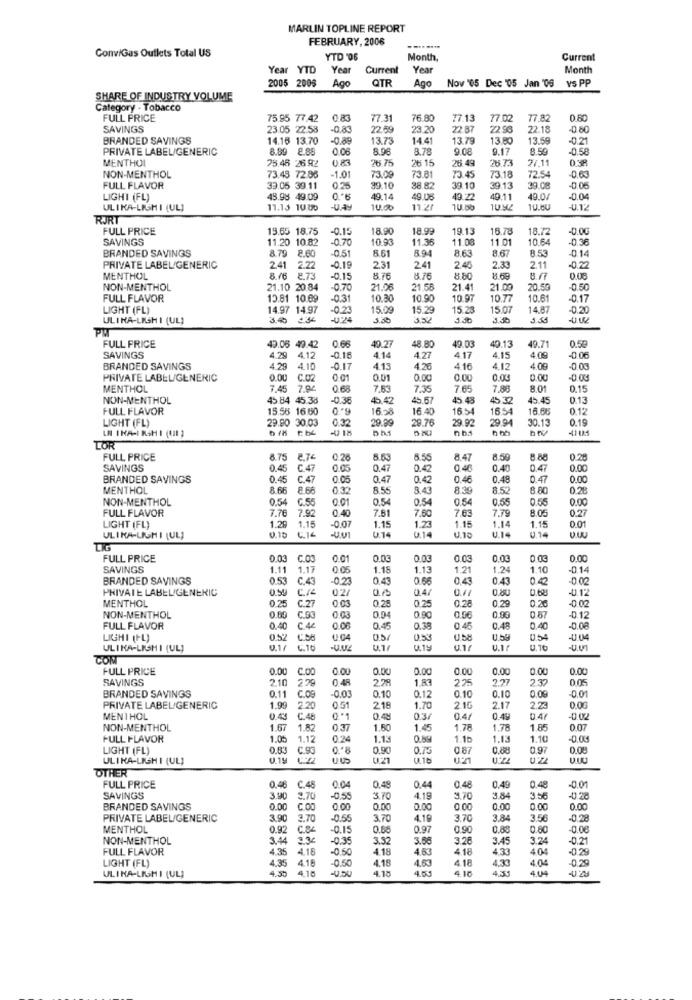
MARLIN TOPLINE REPORT
FEBRUARY, 2006
ConviGas Outlets Total US
YTD '06
Month,
Current
Year YTD
Year
Current
Year
Month
2005 2005
Ago
QTR
Ago
Now '05 Dec '05 Jan '05 VS PP
SHARE OF INDUSTRY VOLUME
Category - Tobacco
FULL PRICE
75.95 77.42
0.83
77.31
76.80
77.13
77.02
77.82
0.60
SAVINGS
23.05 22:58
0.83
22.59
23.20
22 8
22.96
22.18
-0.80
BRANDED SAVINGS
14.16 13.70
-0,85
13.73
14.4
13.79
13.80
13.5
-0.21
PRIVATE LABEL/GENERIC
8.89 8.88
0.06
8.96
8.78
9.08
9.17
8.59
-0,58
MENTHOL
75.46 26 92
26.75
26 15
26.49
28.73
7/11
038
NON-MENTHOL
73.48 72.86
-1.0
73.09
73.81
73.45
73.18
72.54
0.6
FULL FLAVOR
33.05 39.11
0 .25
99.10
38. 82
39.10
39.13
39.08
-0.06
LIGHT (FL)
49.98 49.09
49.14
49.08
19 22
49.11
49.0/
-0.04
ULIKA-LIGMI (UL]
11.13 10:00
-u.ay
10.00
11.2
10.00
10.60
-U.12
RJRT
FULL PRICE
15.65 18.75
0.15
18.90
18.99
19.13
16.78
18.72
-0.00
SAVINGS
11.20 10.82
0.70
10.93
11.36
11.08
11.01
10.64
-0 36
BRANDED SAVINGS
8.79 2.60
-0.51
8.61
8.94
8.63
8.67
8.53
-0.14
PRIVATE LABEL/GENERIC
2.41
2.22
0.19
2.31
241
2.45
2.33
2.11
-0.22
MENTHOL
8.16 8.73
-0.15
8.76
8.76
8.80
8.69
NON-MENTHOL
21.10 20.84
-0.70
21.06
21.58
21.41
21.00
20.59
-0.50
FULL FLAVOR
13.81 10.69
-0.31
10.30
10.90
10.91
10.77
10.61
-0.17
LIGHT (FL)
14.97 14.97
-0.23
15.09
15.29
15.23
15.07
14.87
-0.20
ULINA-LISHI (UL)
3.0
330
3.52
3.30
FULL PRICE
0.68
40.13
49.06 49.42
40.27
48.80
40.03
49.71
0.59
SAVINGS
4.29
4.12
-0.16
4.14
4.27
4.17
4.15
4.09
-0.0€
BRANDED SAVINGS
4.29 4.10
-0.17
4.13
4.20
4.16
4.12
4.09
-0.00
PRIVATE LABEL/GENERIC
0.00
C.02
0.01
0.01
0.00
0.00
0.00
0.00
-0.03
MENTHOL
7.45 7.94
0.68
7,53
7.35
7.65
7.88
8.01
0.15
NON-MENTHOL
45.84 45.38
-0.36
45.42
5.67
45.48
45 32
45.45
0.13
FULL FLAVOR
15.58 16.60
16.58
16.40
16.5
1654
16.08
0.12
LIGHT (FL)
29.90 30.03
0.32
29.99
29.9.
29.94
30.13
0.19
-0 18
29.76
LN INA-I RSH I (III )
TOR
FULL PRICE
8.75 2.74
0.26
8.63
8.55
8 47
8.50
8.88
0.25
SAVINGS
0.45
C.47
0.47
0.42
0.48
0.40
0.47
0.00
BRANDED SAVINGS
0.45
C.47
0.05
0.47
0.42
0.46
0.48
0.47
0.00
MENTHOL
8.66
8.66
032
8.55
8.43
8.39
8.52
8.80
0.28
NON-MENTHOL
0.54
C.55
0.01
0.54
0.54
0.54
0.55
0.55
0.00
FULL FLAVOR
7.76 7.92
7.61
7.60
7.63
7.79
8.05
0.27
0.40
LIGHT (FL)
1.29
1.15
-0.07
1.15
1.23
1.15
1.14
1.14
1.15
0.01
ULIKA-LIGHI (UL,
0.10
6.16
0.14
014
U.18
014
FULL PRICE
0.03
C.03
0.01
0.03
0.03
0.03
0 03
0.00
SAVINGS
1.11
1.17
0 05
1.18
1.13
1.21
1.24
1.10
-0.14
BRANDED SAVINGS
0.53
C.43
-0.23
0.43
0.56
0 4
0.43
00
-0.02
PRIVATE LABEL/GENERIC
0.50
02/
0.47
0.80
-0.12
MENTHOL
0.25
0.03
0.25
0.25
0.28
0.29
0.26
C.27
0.90
0.87
NON-MENTHOL
0.00
C.93
0.03
0.04
0.90
0.06
-0.12
FULL FLAVOR
0.40
C.4
0.45
0.38
0.4
0.48
0.40
LIGHI (FL)
0.52
0.04
0.5/
0.58
0.54
-0.04
ULIKA-LISHI (UL)
0.1/ C.10
-U.NE
U.1/
0.19
U.If
0.16
COM
FULL PRICE
0.00
C.OO
0.00
0.00
0.00
0.00
0.00
0.00
0.00
SAVINGS
210
278
2.28
1.83
225
7:27
2.30
0.05
BRANDED SAVINGS
0.09
-0.01
0.11
C.09
0.0
0.10
0.12
0.10
0.10
PRIVATE LABEL/GENERIC
1.99
2.20
0.51
218
1.70
2.10
2.17
2.23
0.0G
MENTHOL
0.43
C.48
0*1
0.48
03/
0.4/
0.45
0.47
-0.02
NON-MENTHOL
1.67
1.82
0.37
1.50
1.45
1.78
1.78
1.85
0.07
FULL FLAVOR
1.05
1.12
0.24
1.13
1.1b
1.13
1.10
LIGHT (FL)
0.83
C.93
0,90
0.75
0.87
0.88
0.97
0.08
ULIKA-LIGHI (UL)
0.19
0.21
0.16
OTHER
FULL PRICE
0.4
C.48
00
0.48
0.44
0.48
0.49
0.48
-0.01
SAVINGS
3.90
2.70
-0.55
3.70
4.19
3.70
3.8
35
-0.28
BRANDED SAVINGS
0.00
C.OD
0.00
0.00
0.00
0.00
0.00
0.00
0.00
PRIVATE LABEL/GENERIC
3.90
3.70
-0.55
3.70
4.19
3.7C
3.84
3.56
0.22
MENTHOL
0.92
C.84
-0.15
0.68
0.97
0.90
0.88
0.80
-0.06
NON-MENTHOL
3.44
33
-0.3
3.32
3.58
3.26
3.45
3.24
-0.21
FULL FLAVOR
4.35
4.18
-0.50
4.18
453
418
4.33
40
-0.2
4.35
4.1E
0.50
4.53
4.18
4.33
4.04
-0,29
LIGHT (FL)
418
4.18
4.18
4.5
4.10
4.04
ULIKA-LISHI (UL]